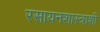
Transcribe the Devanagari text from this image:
रसायनशास्त्राशी